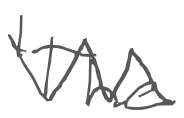
Text: 'The
Cross-out: mix
Writing tool: digital_gray